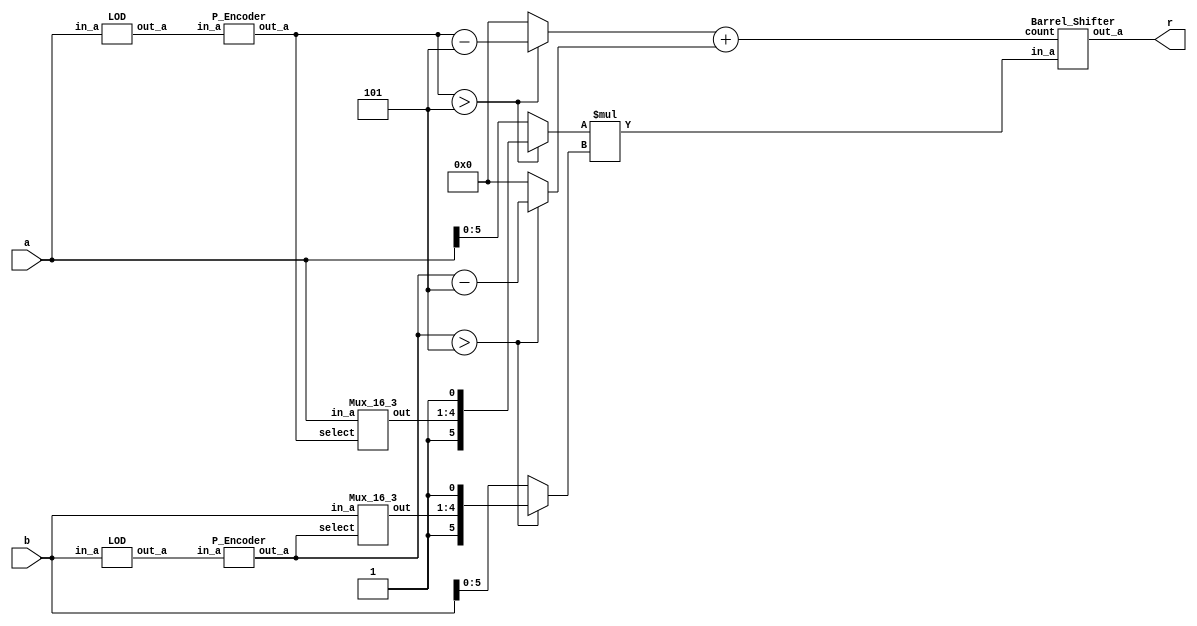
/*
Copyright (c) 2015 Soheil Hashemi (soheil_hashemi@brown.edu)

Permission is hereby granted, free of charge, to any person
obtaining a copy of this software and associated documentation
files (the "Software"), to deal in the Software without
restriction, including without limitation the rights to use,
copy, modify, merge, publish, distribute, sublicense, and/or sell
copies of the Software, and to permit persons to whom the
Software is furnished to do so, subject to the following
conditions:

The above copyright notice and this permission notice shall be
included in all copies or substantial portions of the Software.

THE SOFTWARE IS PROVIDED "AS IS", WITHOUT WARRANTY OF ANY KIND,
EXPRESS OR IMPLIED, INCLUDING BUT NOT LIMITED TO THE WARRANTIES
OF MERCHANTABILITY, FITNESS FOR A PARTICULAR PURPOSE AND
NONINFRINGEMENT. IN NO EVENT SHALL THE AUTHORS OR COPYRIGHT
HOLDERS BE LIABLE FOR ANY CLAIM, DAMAGES OR OTHER LIABILITY,
WHETHER IN AN ACTION OF CONTRACT, TORT OR OTHERWISE, ARISING
FROM, OUT OF OR IN CONNECTION WITH THE SOFTWARE OR THE USE OR
OTHER DEALINGS IN THE SOFTWARE.

Approximate Multiplier Design Details Provided in:
Soheil Hashemi, R. Iris Bahar, and Sherief Reda, "DRUM: A Dynamic
Range Unbiased Multiplier for Approximate Applications" In
Proceedings of the IEEE/ACM International Conference on
Computer-Aided Design (ICCAD). 2015. 

*/

module DRUM6_32_u(a, b, r);
input [31:0]a,b;
output [63:0]r;

wire [4:0]k1,k2;
wire [3:0]m,n;
wire [31:0]l1,l2;
wire [11:0]tmp;
wire [4:0]p,q;
wire [5:0]sum;
wire [5:0]mm,nn;
LOD u1(.in_a(a),.out_a(l1));
LOD u2(.in_a(b),.out_a(l2));
P_Encoder u3(.in_a(l1), .out_a(k1));
P_Encoder u4(.in_a(l2), .out_a(k2));
Mux_16_3 u5(.in_a(a), .select(k1), .out(m));
Mux_16_3 u6(.in_a(b), .select(k2), .out(n));
assign p=(k1>5)?k1-5:0;
assign q=(k2>5)?k2-5:0;
assign mm=(k1>5)?({1'b1,m,1'b1}):a[5:0];
assign nn=(k2>5)?({1'b1,n,1'b1}):b[5:0];
assign tmp=mm*nn;
assign sum=p+q;

Barrel_Shifter u7(.in_a(tmp), .count(sum), .out_a(r));

endmodule

//------------------------------------------------------------
module LOD (in_a, out_a);
input [31:0]in_a;
output reg [31:0]out_a;

integer k,j;
reg [31:0]w;

always @(*)
    begin
        out_a[31]=in_a[31];
        w[31]=in_a[31]?0:1;
        for (k=30;k>=0;k=k-1)
	        begin
	        w[k]=in_a[k]?0:w[k+1];
	        out_a[k]=w[k+1]&in_a[k];
	        end
	end

endmodule
//--------------------------------
module P_Encoder (in_a, out_a);
input [31:0]in_a;
output reg [4:0]out_a;

always @(*)
begin
	case(in_a)
	32'h00000001: out_a=5'h00;
	32'h00000002: out_a=5'h01;
	32'h00000004: out_a=5'h02;
	32'h00000008: out_a=5'h03;
	32'h00000010: out_a=5'h04;
	32'h00000020: out_a=5'h05;
	32'h00000040: out_a=5'h06;
	32'h00000080: out_a=5'h07;
	32'h00000100: out_a=5'h08;
	32'h00000200: out_a=5'h09;
	32'h00000400: out_a=5'h0a;
	32'h00000800: out_a=5'h0b;
	32'h00001000: out_a=5'h0c;
	32'h00002000: out_a=5'h0d;
	32'h00004000: out_a=5'h0e;
	32'h00008000: out_a=5'h0f;
    32'h00010000: out_a=5'h10;
	32'h00020000: out_a=5'h11;
	32'h00040000: out_a=5'h12;
	32'h00080000: out_a=5'h13;
	32'h00100000: out_a=5'h14;
	32'h00200000: out_a=5'h15;
	32'h00400000: out_a=5'h16;
	32'h00800000: out_a=5'h17;
	32'h01000000: out_a=5'h18;
	32'h02000000: out_a=5'h19;
	32'h04000000: out_a=5'h1a;
	32'h08000000: out_a=5'h1b;
	32'h10000000: out_a=5'h1c;
	32'h20000000: out_a=5'h1d;
	32'h40000000: out_a=5'h1e;
	32'h80000000: out_a=5'h1f;

	default: out_a=5'h0;
	endcase
end

endmodule
//--------------------------------
module Barrel_Shifter (in_a, count, out_a);
input [5:0]count;
input [11:0]in_a;
output [63:0]out_a;

assign out_a=(in_a<<count);

endmodule
//--------------------------------
module Mux_16_3 (in_a, select, out);
input [4:0]select;
input [31:0]in_a;
output reg [3:0]out;

always @(*)
begin
	case(select)
	5'h06: begin out={in_a[5],in_a[4],in_a[3],in_a[2]}; end
	5'h07: begin out={in_a[6],in_a[5],in_a[4],in_a[3]}; end
	5'h08: begin out={in_a[7],in_a[6],in_a[5],in_a[4]}; end
	5'h09: begin out={in_a[8],in_a[7],in_a[6],in_a[5]}; end
	5'h0a: begin out={in_a[9],in_a[8],in_a[7],in_a[6]}; end
	5'h0b: begin out={in_a[10],in_a[9],in_a[8],in_a[7]}; end
	5'h0c: begin out={in_a[11],in_a[10],in_a[9],in_a[8]}; end
	5'h0d: begin out={in_a[12],in_a[11],in_a[10],in_a[9]}; end
	5'h0e: begin out={in_a[13],in_a[12],in_a[11],in_a[10]}; end
	5'h0f: begin out={in_a[14],in_a[13],in_a[12],in_a[11]}; end
	5'h10: begin out={in_a[15],in_a[14],in_a[13],in_a[12]}; end
        5'h11: begin out={in_a[16],in_a[15],in_a[14],in_a[13]}; end
        5'h12: begin out={in_a[17],in_a[16],in_a[15],in_a[14]}; end
        5'h13: begin out={in_a[18],in_a[17],in_a[16],in_a[15]}; end
        5'h14: begin out={in_a[19],in_a[18],in_a[17],in_a[16]}; end
        5'h15: begin out={in_a[20],in_a[19],in_a[18],in_a[17]}; end
	5'h16: begin out={in_a[21],in_a[20],in_a[19],in_a[18]}; end
	5'h17: begin out={in_a[22],in_a[21],in_a[20],in_a[19]}; end
	5'h18: begin out={in_a[23],in_a[22],in_a[21],in_a[20]}; end
	5'h19: begin out={in_a[24],in_a[23],in_a[22],in_a[21]}; end
	5'h1a: begin out={in_a[25],in_a[24],in_a[23],in_a[22]}; end
	5'h1b: begin out={in_a[26],in_a[25],in_a[24],in_a[23]}; end
	5'h1c: begin out={in_a[27],in_a[26],in_a[25],in_a[24]}; end
	5'h1d: begin out={in_a[28],in_a[27],in_a[26],in_a[25]}; end
	5'h1e: begin out={in_a[29],in_a[28],in_a[27],in_a[26]}; end
	5'h1f: begin out={in_a[30],in_a[29],in_a[28],in_a[27]}; end

	default: begin out=5'b00000; end
	endcase
end

endmodule